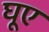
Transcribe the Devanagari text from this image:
घूए